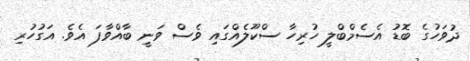
ދުވަހުގެ ބޮޑު އެސެމްބްލީ ހުރިހާ ސްކޫލެއްގައި ވެސް ވަނީ ބާއްވާފަ އެވެ. އަގުހުރި